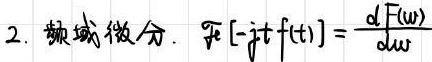
2. 频域微分. $\mathcal{F}[-jt f(t)] = \frac{d F(\omega)}{d\omega}$